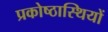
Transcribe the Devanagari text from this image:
प्रकोष्ठास्थियों